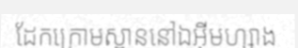
ដែកក្រោមស្ពាននៅឯអ៊ីមហ្សាង